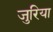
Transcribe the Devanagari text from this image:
जुरिया